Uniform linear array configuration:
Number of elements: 64
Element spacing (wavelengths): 1
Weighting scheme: kaiser
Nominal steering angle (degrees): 60
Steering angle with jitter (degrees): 60.186
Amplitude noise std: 0.05
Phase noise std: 0.05

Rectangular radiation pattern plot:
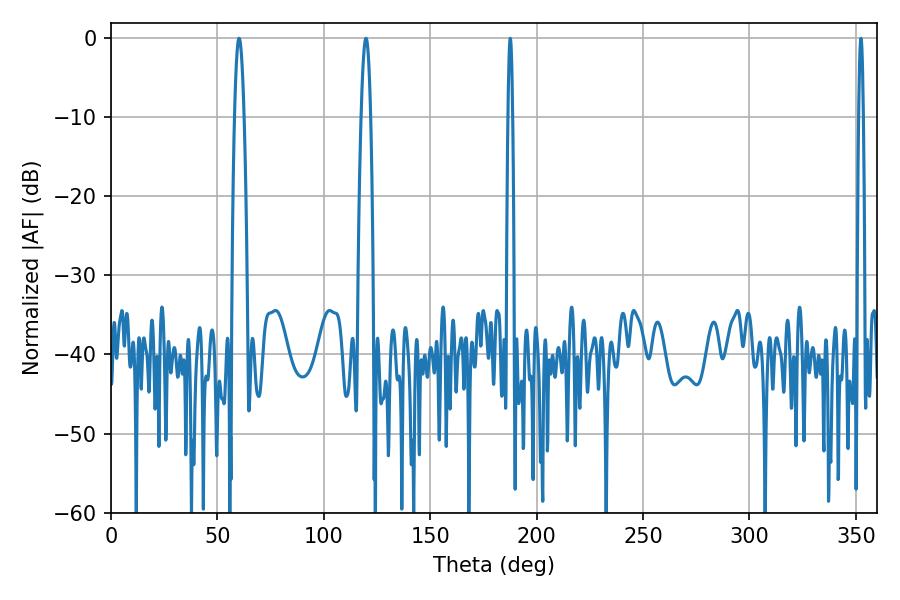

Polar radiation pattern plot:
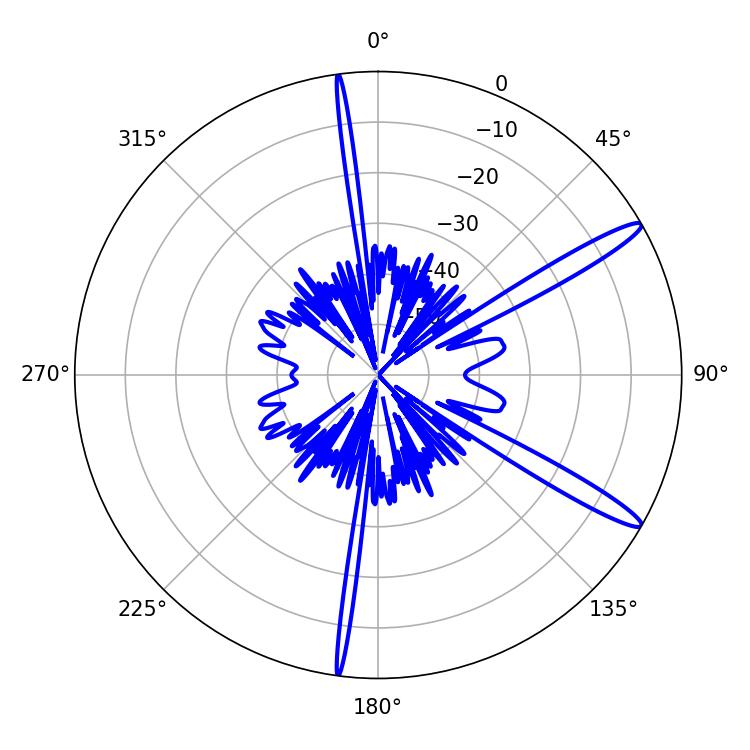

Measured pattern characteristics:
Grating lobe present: TRUE
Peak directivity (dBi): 14.238
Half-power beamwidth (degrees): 2.34
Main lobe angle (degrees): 60.12